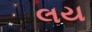
લય